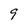
Character: 9